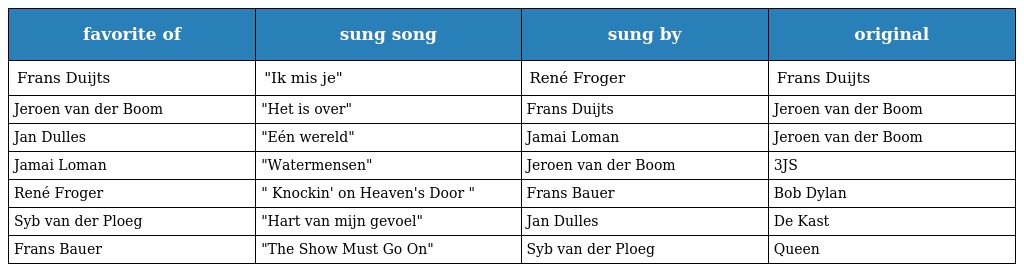
| favorite of | sung song | sung by | original |
 | --- | --- | --- | --- |
 | Frans Duijts | "Ik mis je" | René Froger | Frans Duijts |
 | Jeroen van der Boom | "Het is over" | Frans Duijts | Jeroen van der Boom |
 | Jan Dulles | "Eén wereld" | Jamai Loman | Jeroen van der Boom |
 | Jamai Loman | "Watermensen" | Jeroen van der Boom | 3JS |
 | René Froger | " Knockin' on Heaven's Door " | Frans Bauer | Bob Dylan |
 | Syb van der Ploeg | "Hart van mijn gevoel" | Jan Dulles | De Kast |
 | Frans Bauer | "The Show Must Go On" | Syb van der Ploeg | Queen |